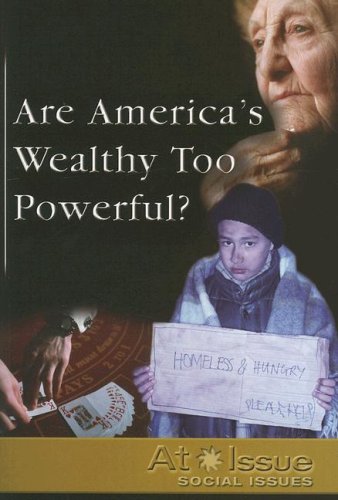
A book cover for Are America's Wealthy too Powerful? (At Issue); Stuart A. Kallen; Teen & Young Adult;